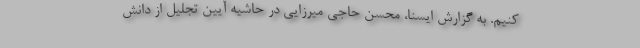
کنیم. به گزارش ایسنا، محسن حاجی میرزایی در حاشیه آیین تجلیل از دانش